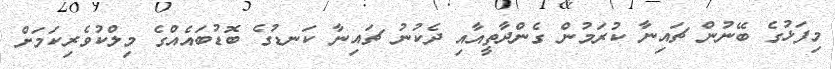
މިފަޅުގެ ބޭނުން ޗައިނާ ކުރަމުން ގެންދާތީއާއި ދެކުނު ޗައިނާ ކަނޑުގެ ބޮޑުބައެއްގެ މިލްކުވެރިކަމަށް